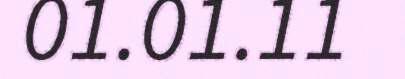
01.01.11